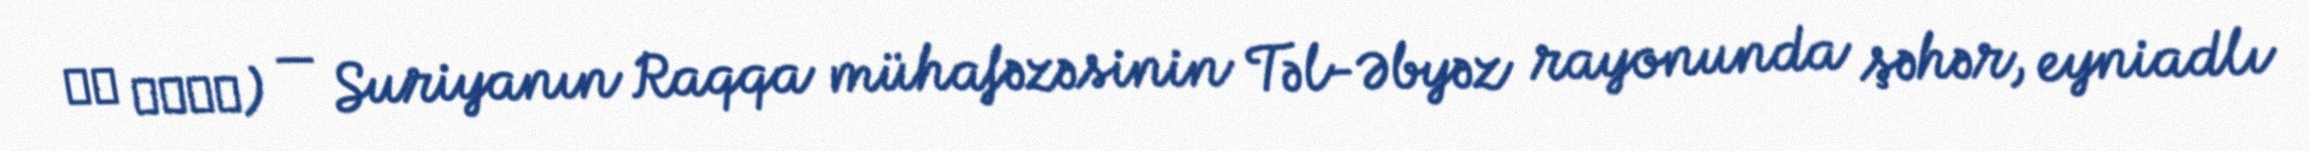
ܬܠ ܐܒܝܕ) — Suriyanın Raqqa mühafəzəsinin Təl-Əbyəz rayonunda şəhər, eyniadlı